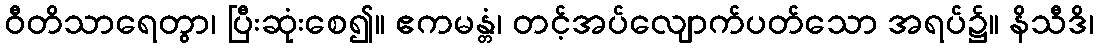
ဝီတိသာရေတွာ၊ ပြီးဆုံးစေ၍။ ဧကမန္တံ၊ တင့်အပ်လျောက်ပတ်သော အရပ်၌။ နိသီဒိ၊